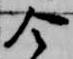
令